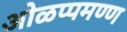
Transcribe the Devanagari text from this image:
ओळप्पमण्ण